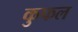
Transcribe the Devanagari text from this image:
कुफल